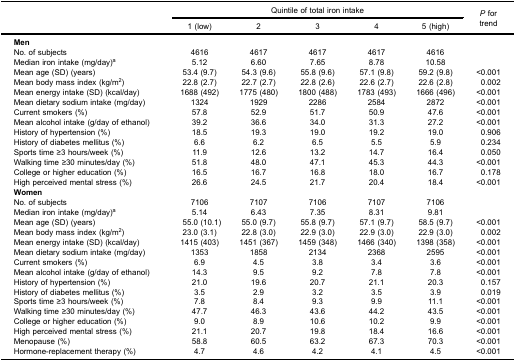
<table><thead><tr><td><b> </b></td><td colspan="5"><b>Quintile of total iron intake</b></td><td rowspan="3"><b><i>P</i> fortrend</b></td></tr><tr><td><b> </b></td><td><b>1 (low)</b></td><td><b>2</b></td><td><b>3</b></td><td><b>4</b></td><td><b>5 (high)</b></td></tr></thead><tbody><tr><td><b>Men</b></td><td> </td><td> </td><td> </td><td> </td><td> </td><td> </td></tr><tr><td>No. of subjects</td><td>4616</td><td>4617</td><td>4617</td><td>4617</td><td>4616</td><td> </td></tr><tr><td>Median iron intake (mg/day)<sup>a</sup></td><td>5.12</td><td>6.60</td><td>7.65</td><td>8.78</td><td>10.58</td><td> </td></tr><tr><td>Mean age (SD) (years)</td><td>53.4 (9.7)</td><td>54.3 (9.6)</td><td>55.8 (9.6)</td><td>57.1 (9.8)</td><td>59.2 (9.8)</td><td>&lt;0.001</td></tr><tr><td>Mean body mass index (kg/m<sup>2</sup>)</td><td>22.8 (2.7)</td><td>22.7 (2.7)</td><td>22.8 (2.6)</td><td>22.6 (2.7)</td><td>22.6 (2.8)</td><td>0.002</td></tr><tr><td>Mean energy intake (SD) (kcal/day)</td><td>1688 (492)</td><td>1775 (480)</td><td>1800 (488)</td><td>1783 (493)</td><td>1666 (496)</td><td>&lt;0.001</td></tr><tr><td>Mean dietary sodium intake (mg/day)</td><td>1324</td><td>1929</td><td>2286</td><td>2584</td><td>2872</td><td>&lt;0.001</td></tr><tr><td>Current smokers (%)</td><td>57.8</td><td>52.9</td><td>51.7</td><td>50.9</td><td>47.6</td><td>&lt;0.001</td></tr><tr><td>Mean alcohol intake (g/day of ethanol)</td><td>39.2</td><td>36.6</td><td>34.0</td><td>31.3</td><td>27.2</td><td>&lt;0.001</td></tr><tr><td>History of hypertension (%)</td><td>18.5</td><td>19.3</td><td>19.0</td><td>19.2</td><td>19.0</td><td>0.906</td></tr><tr><td>History of diabetes mellitus (%)</td><td>6.6</td><td>6.2</td><td>6.5</td><td>5.5</td><td>5.9</td><td>0.234</td></tr><tr><td>Sports time ≥3 hours/week (%)</td><td>11.9</td><td>12.6</td><td>13.2</td><td>14.7</td><td>16.4</td><td>0.050</td></tr><tr><td>Walking time ≥30 minutes/day (%)</td><td>51.8</td><td>48.0</td><td>47.1</td><td>45.3</td><td>44.3</td><td>&lt;0.001</td></tr><tr><td>College or higher education (%)</td><td>16.5</td><td>16.7</td><td>16.8</td><td>18.0</td><td>16.7</td><td>0.178</td></tr><tr><td>High perceived mental stress (%)</td><td>26.6</td><td>24.5</td><td>21.7</td><td>20.4</td><td>18.4</td><td>&lt;0.001</td></tr><tr><td><b>Women</b></td><td> </td><td> </td><td> </td><td> </td><td> </td><td> </td></tr><tr><td>No. of subjects</td><td>7106</td><td>7107</td><td>7106</td><td>7107</td><td>7106</td><td> </td></tr><tr><td>Median iron intake (mg/day)<sup>a</sup></td><td>5.14</td><td>6.43</td><td>7.35</td><td>8.31</td><td>9.81</td><td> </td></tr><tr><td>Mean age (SD) (years)</td><td>55.0 (10.1)</td><td>55.0 (9.7)</td><td>55.8 (9.7)</td><td>57.1 (9.7)</td><td>58.5 (9.7)</td><td>&lt;0.001</td></tr><tr><td>Mean body mass index (kg/m<sup>2</sup>)</td><td>23.0 (3.1)</td><td>22.8 (3.0)</td><td>22.9 (3.0)</td><td>22.9 (3.0)</td><td>22.9 (3.0)</td><td>0.002</td></tr><tr><td>Mean energy intake (SD) (kcal/day)</td><td>1415 (403)</td><td>1451 (367)</td><td>1459 (348)</td><td>1466 (340)</td><td>1398 (358)</td><td>&lt;0.001</td></tr><tr><td>Mean dietary sodium intake (mg/day)</td><td>1353</td><td>1858</td><td>2134</td><td>2368</td><td>2595</td><td>&lt;0.001</td></tr><tr><td>Current smokers (%)</td><td>6.9</td><td>4.5</td><td>3.8</td><td>3.4</td><td>3.6</td><td>&lt;0.001</td></tr><tr><td>Mean alcohol intake (g/day of ethanol)</td><td>14.3</td><td>9.5</td><td>9.2</td><td>7.8</td><td>7.8</td><td>&lt;0.001</td></tr><tr><td>History of hypertension (%)</td><td>21.0</td><td>19.6</td><td>20.7</td><td>21.1</td><td>20.3</td><td>0.157</td></tr><tr><td>History of diabetes mellitus (%)</td><td>3.5</td><td>2.9</td><td>3.2</td><td>3.5</td><td>3.9</td><td>0.019</td></tr><tr><td>Sports time ≥3 hours/week (%)</td><td>7.8</td><td>8.4</td><td>9.3</td><td>9.9</td><td>11.1</td><td>&lt;0.001</td></tr><tr><td>Walking time ≥30 minutes/day (%)</td><td>47.7</td><td>46.3</td><td>43.6</td><td>44.2</td><td>43.5</td><td>&lt;0.001</td></tr><tr><td>College or higher education (%)</td><td>9.0</td><td>8.9</td><td>10.6</td><td>10.2</td><td>9.9</td><td>&lt;0.001</td></tr><tr><td>High perceived mental stress (%)</td><td>21.1</td><td>20.7</td><td>19.8</td><td>18.4</td><td>16.6</td><td>&lt;0.001</td></tr><tr><td>Menopause (%)</td><td>58.8</td><td>60.5</td><td>63.2</td><td>67.3</td><td>70.3</td><td>&lt;0.001</td></tr><tr><td>Hormone-replacement therapy (%)</td><td>4.7</td><td>4.6</td><td>4.2</td><td>4.1</td><td>4.5</td><td>&lt;0.001</td></tr></tbody></table>